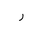
Letter: _ra